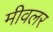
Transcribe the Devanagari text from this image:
मीवलर